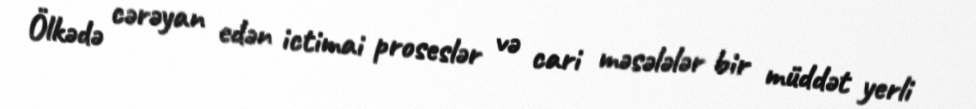
Ölkədə cərəyan edən ictimai proseslər və cari məsələlər bir müddət yerli